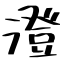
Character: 澄